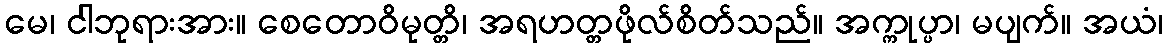
မေ၊ ငါဘုရားအား။ စေတောဝိမုတ္တိ၊ အရဟတ္တဖိုလ်စိတ်သည်။ အက္ကုပ္ပာ၊ မပျက်။ အယံ၊